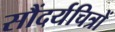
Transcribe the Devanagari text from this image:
सौंदर्यचित्रों